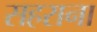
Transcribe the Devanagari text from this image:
सहराना